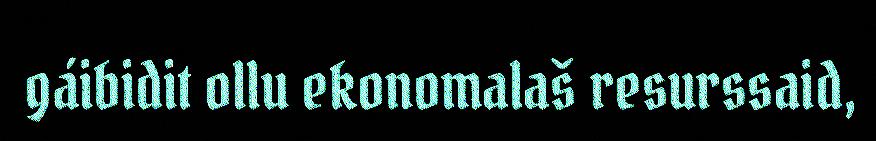
gáibidit ollu ekonomalaš resurssaid,